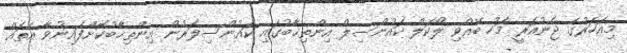
މިއަހަރުގެ ޖެނުއަރީ މަހު ބޭއްވި ލޯކަލް ކައުންސިލް އިންތިޚާބުގައި ކައުންސިލަރުން އިންތިޚާބުކޮށްފައިނުވާ އެތައް